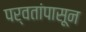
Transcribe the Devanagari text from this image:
पर्वतांपासून